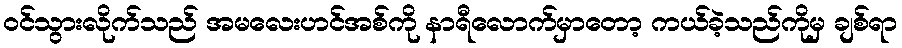
ဝင်သွားလိုက်သည် အမလေးဟင်အစ်ကို နာရီလောက်မှာတော့ ကယ်ခဲ့သည်ကိုမှ ချစ်ရာ